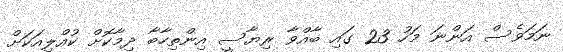
ނަމަވެސް އަންނަ މަހު 23 ގައި ބާއްވާ ރިޔާސީ އިންތިހާބާ ދިމާކޮށް ކުއްލިއަކަށް